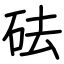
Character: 砝